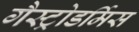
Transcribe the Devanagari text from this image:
गैस्ट्रोडर्मिस